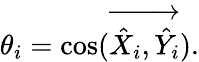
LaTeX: \theta_{i}=\cos(\overrightarrow{\hat{X}_{i},\hat{Y}_{i}}).